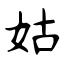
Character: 姑